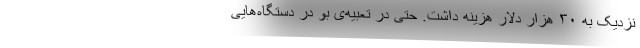
نزدیک به ۳۰ هزار دلار هزینه داشت. حتی در تعبیه‌ی بو در دستگاه‌هایی